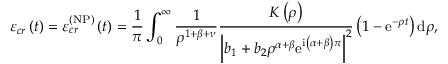
\varepsilon _ { c r } \left( t \right) = \varepsilon _ { c r } ^ { \left( \mathrm { N P } \right) } \left( t \right) = \frac { 1 } { \pi } \int _ { 0 } ^ { \infty } \frac { 1 } { \rho ^ { 1 + \beta + \nu } } \frac { K \left( \rho \right) } { \left\vert b _ { 1 } + b _ { 2 } \rho ^ { \alpha + \beta } \mathrm { e } ^ { \mathrm { i } \left( \alpha + \beta \right) \pi } \right\vert ^ { 2 } } \left( 1 - \mathrm { e } ^ { - \rho t } \right) \mathrm { d } \rho ,